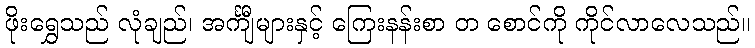
ဖိုးရွှေသည် လုံချည်၊ အင်္ကျီများနှင့် ကြေးနန်းစာ တ စောင်ကို ကိုင်လာလေသည်။